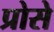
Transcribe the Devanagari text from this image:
प्रोसे